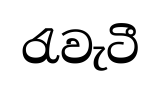
රැවැටී